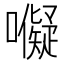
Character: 𭌜